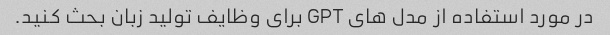
در مورد استفاده از مدل های GPT برای وظایف تولید زبان بحث کنید.